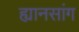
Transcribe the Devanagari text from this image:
ह्यानसांग